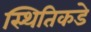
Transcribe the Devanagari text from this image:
स्थितिकडे